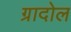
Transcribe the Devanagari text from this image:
ग्रादोल